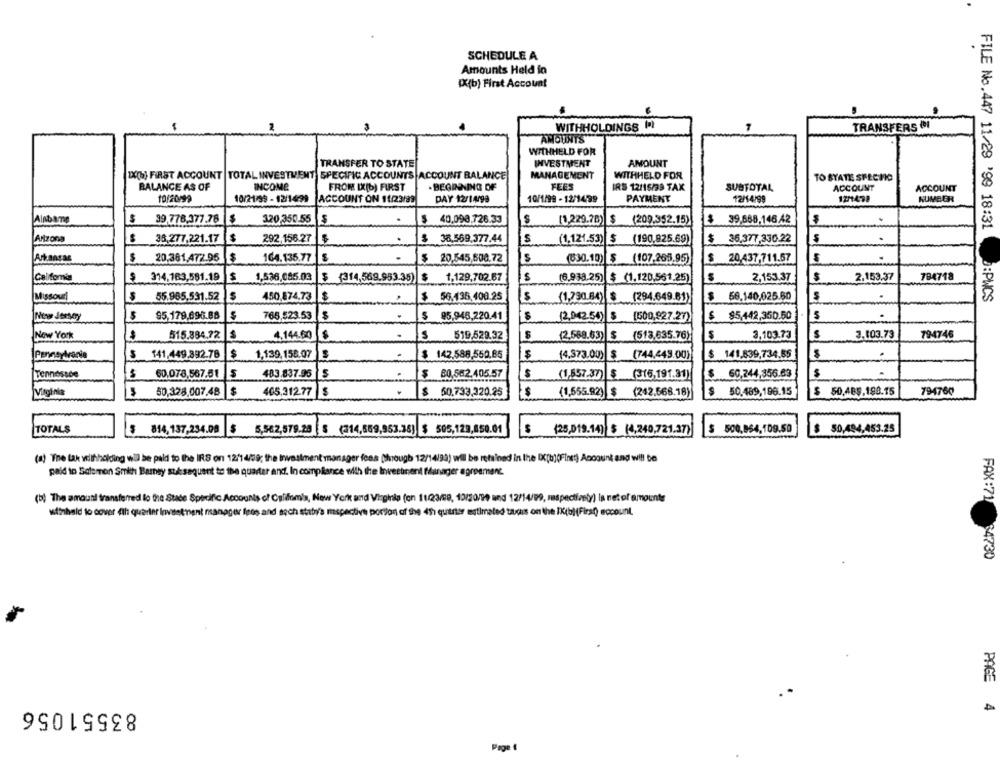
SCHEDULE A
Amounts Held in
[X(b) First Account
2
WITHHOLDINGS 1ª
TRANSFERS
AMOUNTS
WITHHELD FOR
TRANSFER TO STATE
INVESTMENT
AMOUNT
IX(6) FIRST ACCOUNT |TOTAL INVESTMENT SPECIFIC ACCOUNTS ACCOUNT BALANCE
MANAGEMENT
WITHHELD FOR
TO SYATE SFECHO
BALANCE AS OF
INCOME
FROM IX(b) FIRST
-BEGINNING OF
FEES
IRS 12/15/33 TAX
SUBTOTAL
ACCOUNT
ACCOUNT
10/20/99
10/21/99 - 12/1499
ACCOUNT ON 11/23/99
DAY 12/1499
10/1/99 - 12/14/99
PAYMENT
12/1438
NUMBER
12/14/99
Alabame
$
39,778,377.78
320 350.55
$
$ 40,093,726.33
$
(1,229.78) $ (209.352.15)
$ 39.668,146.42
$
FILE No.447 11/29 '99 18:31
$
Arizona
$ 38,277.221.17
292.156.27
$ 38,569,377.44
S
(1,121.53) $ (190.925.69)
$ 36,377,330.22
Arkansas
$
20,361,472.95
$
164.135.77
$ 20.545,508.72
(30.10) $ (107.265.95)
$ 20.437,711.57
Califomia
$
314.163,581.19
1,536,085.03
$ (314,569.953-35)
$
1,129,702.67
(6.938.25) $ (1.120,561.25)
2.153.37
$
2.153.37
784718
$
55.965,531.52
450.874.73 |$
$ 56.135.400.25
$
(1,730.84){$
(294.649.81)
$
56.140,025.60
S
D:PWCS
95,179.696.88
765.523.53
$
$ 95,946,220.41
(2,042.54) $ [500.927.27)
$ $5,442,350.50
New York
515.384.72
4.144.00
$
519.529.32
(2,568.63) $ (513.635.76)
$
3,103.73
S
3.103.73
794746
Pennsylvania
141,449.392.78
$
1,139,158.07
$ 142.588,550,85
(4.373.00) $ (744,449.00)
$ 141.839,734.55
Tennessee
60.078.567.51
403.837.95
$
60,582.405.57
(1,557.37)
(315,191.31)
60,244,356.63
50,328.007.48
$
405,312.77 $
$
50.733.320.25
(1.555.92) $ (242.568.18)
$ 50.489,196.15
$ 50.489.198.15
794760
TOTALS
$ 814,137,234.00
$
5,582,579.20 $ (314,659,953.36) $ 505,123,850.01
(25,019.14) $ (4,240,721.37)
$ 500,854,109.50
$ 50,494,453.25
(a) "Tine lak vollhholding wil be paid to the IRS on 12/14/79; the Investment manager fees (through 12/14/99) wil be retained in the Dc[b](First) Account and will be
paid to Solomon Smith Barney susaquant to the quarter and. In compliance with the Investment Manager agreement.
(b) The amount transferred lo the Stade Specific Accounts of Caldomis, New York und Virginia (on 11/23/99, 10/20/99 and 12/14/99, respectively) is netof amounts
withheld to cover 4th quarter Investment manager fees and sech state's maspective portion of the 4th quarter estimated tachs on the IK(b)(First) eocount
FAX:71 84730
83551056
PAGE 4
Page 1